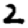
Digit: 2